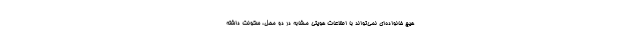
هیچ خانواده‌ای نمی‌تواند با اطلاعات هویتی مشابه در دو محل، سکونت داشته